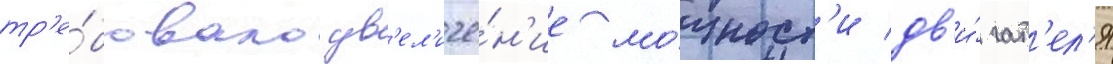
тр'е́бовало ув'ел'иче́н'ие мо́щност'и дв'и́гат'ел'я